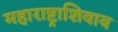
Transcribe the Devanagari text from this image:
महाराष्ट्राशिवाय